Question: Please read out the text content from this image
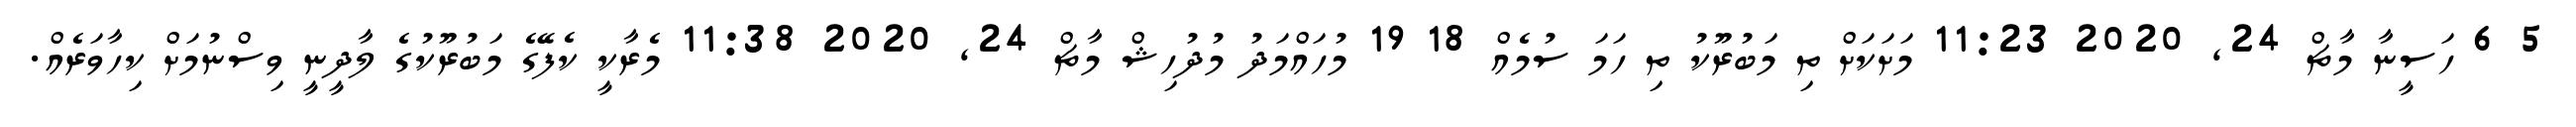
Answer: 5 6 ހަސީނާ މާޗް 24, 2020 11:23 މަށަކަށް ތި މަބުރޫކު ތި ހަމަ ސުމެއް 18 19 މުހައްމަދު މުދުހިޝް މާޗް 24, 2020 11:38 މެރާކީ ކެފޭގެ މަބުރޫކުގެ ލާދީނީ ވިސްނުމަށް ކިހާވަރެއް.